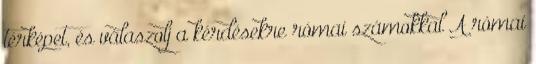
térképet, és válaszolj a kérdésekre római számokkal A római